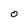
Character: 0